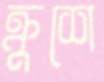
ক্রুশে